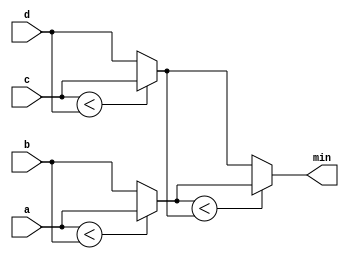
module top_module (
    input [7:0] a, b, c, d,
    output [7:0] min);//

    wire [7:0] candidate_1, candidate_2;

    assign candidate_1 = (a < b) ? a : b;
    assign candidate_2 = (c < d) ? c : d;

    assign min = (candidate_1 < candidate_2) ? candidate_1 : candidate_2;

endmodule